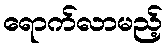
ရောက်လာမည့်